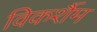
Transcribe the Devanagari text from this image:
विकर्शैम